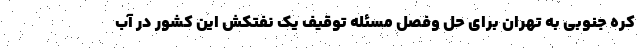
کره جنوبی به تهران برای حل وفصل مسئله توقیف یک نفتکش این کشور در آب